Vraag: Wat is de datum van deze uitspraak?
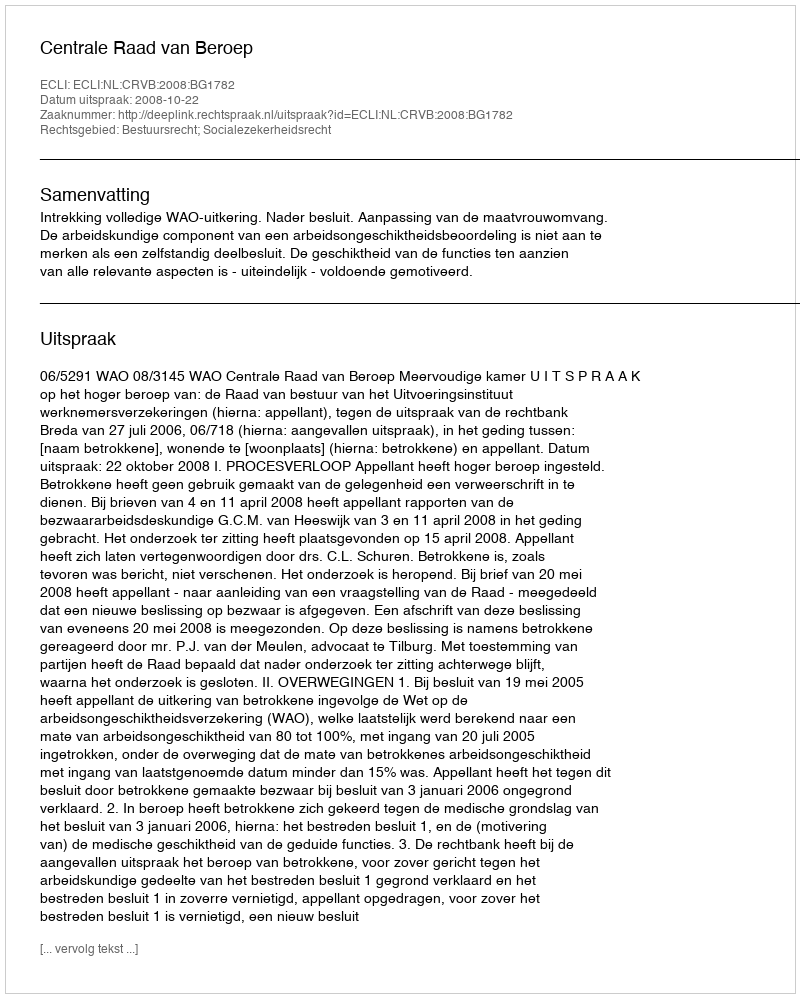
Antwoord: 2008-10-22